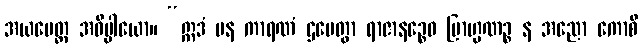
အယမေတ္ထ အဓိပ္ပါယော။ “ဣဒံ ပန ကာရဏံ ဌပေတွာ ရာဇာနဉ္စေဝ ဗြာဟ္မဏဉ္စ န အညော ကောစိ